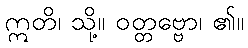
ဣတိ၊ သို့။ ဝတ္တဗ္ဗော၊ ၏။